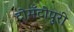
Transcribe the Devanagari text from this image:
टोमॅटोपुरी